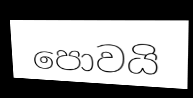
පොවයි